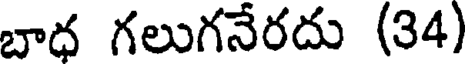
బాధ గలుగనేరదు (34)